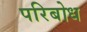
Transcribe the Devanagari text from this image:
परिबोध